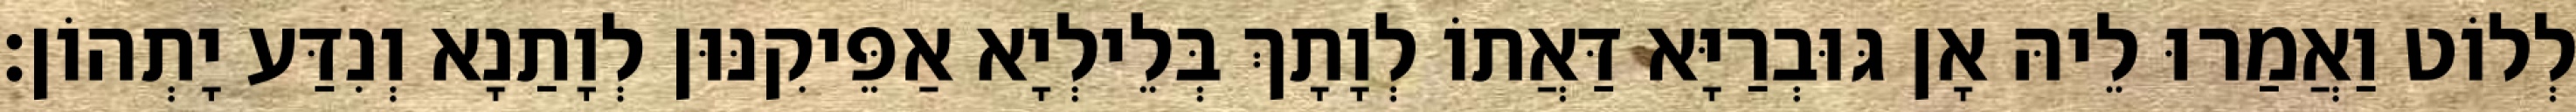
לְלוֹט וַאֲמַרוּ לֵיהּ אָן גּוּבְרַיָּא דַּאֲתוֹ לְוָתָךְ בְּלֵילְיָא אַפֵּיקִנּוּן לְוָתַנָא וְנִדַּע יָתְהוֹן׃